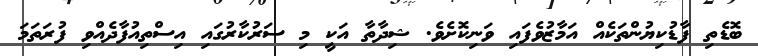
ބޮޑެތި ފާޑުކިޔުންތަކެއް އަމާޒުވެފައި ވަނިކޮށެވެ. ޝިދާތާ އަކީ މި ސަރުކާރުގައި އިސްތިއުފާދެއްވި ފުރަތަމަ